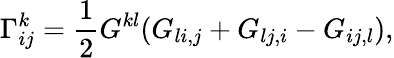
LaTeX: \Gamma_{ij}^{k}={\frac{1}{2}}G^{kl}(G_{li,j}+G_{lj,i}-G_{ij,l}),